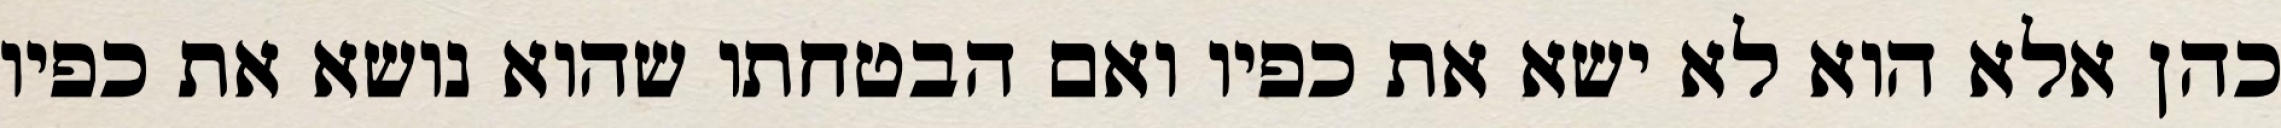
כהן אלא הוא לא ישא את כפיו ואם הבטחתו שהוא נושא את כפיו